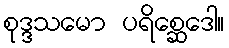
စုဒ္ဒသမော ပရိစ္ဆေဒေါ။